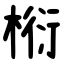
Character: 椼